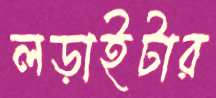
লড়াইটার